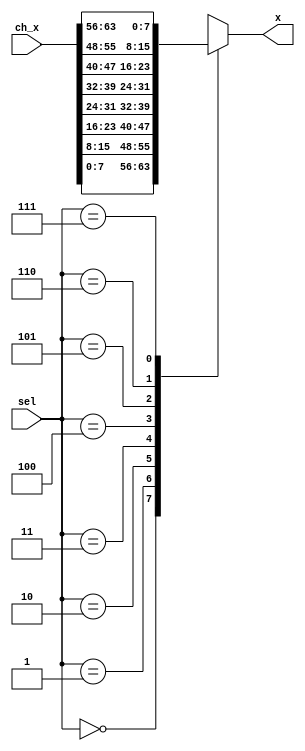
/////////////////////////////////////////////////////////////////////
////                                                             ////
////          eyal@provartec.com                                 ////
////                                                             ////
////  Downloaded from: http://www.opencores.org                  ////
/////////////////////////////////////////////////////////////////////
////                                                             ////
//// Copyright (C) 2010 Provartec LTD                            ////
//// www.provartec.com                                           ////
//// info@provartec.com                                          ////
////                                                             ////
//// This source file may be used and distributed without        ////
//// restriction provided that this copyright statement is not   ////
//// removed from the file and that any derivative work contains ////
//// the original copyright notice and the associated disclaimer.////
////                                                             ////
//// This source file is free software; you can redistribute it  ////
//// and/or modify it under the terms of the GNU Lesser General  ////
//// Public License as published by the Free Software Foundation.////
////                                                             ////
//// This source is distributed in the hope that it will be      ////
//// useful, but WITHOUT ANY WARRANTY; without even the implied  ////
//// warranty of MERCHANTABILITY or FITNESS FOR A PARTICULAR     ////
//// PURPOSE.  See the GNU Lesser General Public License for more////
//// details. http://www.gnu.org/licenses/lgpl.html              ////
////                                                             ////
/////////////////////////////////////////////////////////////////////
//---------------------------------------------------------
//-- File generated by RobustVerilog parser
//-- Version: 1.0
//-- Invoked Fri Mar 25 23:31:23 2011
//--
//-- Source file: prgen_mux.v
//---------------------------------------------------------


  

module prgen_mux8(sel,ch_x,x);

   parameter                  WIDTH      = 8;
   
   
   input [3-1:0]     sel;
   input [8*WIDTH-1:0]     ch_x;
   output [WIDTH-1:0]           x;

   
   reg [WIDTH-1:0]              x;
   

   always @(/*AUTOSENSE*/ch_x or sel)
     begin
    case (sel)                                  
      3'd0 :x = ch_x[WIDTH-1+WIDTH*0:WIDTH*0];
      3'd1 :x = ch_x[WIDTH-1+WIDTH*1:WIDTH*1];
      3'd2 :x = ch_x[WIDTH-1+WIDTH*2:WIDTH*2];
      3'd3 :x = ch_x[WIDTH-1+WIDTH*3:WIDTH*3];
      3'd4 :x = ch_x[WIDTH-1+WIDTH*4:WIDTH*4];
      3'd5 :x = ch_x[WIDTH-1+WIDTH*5:WIDTH*5];
      3'd6 :x = ch_x[WIDTH-1+WIDTH*6:WIDTH*6];
      3'd7 :x = ch_x[WIDTH-1+WIDTH*7:WIDTH*7];
      
      default :                                 
        x = ch_x[WIDTH-1:0];      
    endcase                                     
     end

   
endmodule